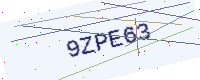
Text: 9ZPE63